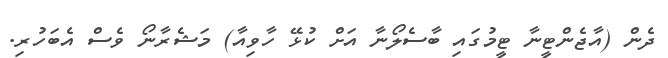
ދެން (އާޖެންޓީނާ ޓީމުގައި ބާސެލޯނާ އަށް ކުޅޭ ހާވިއާ) މަޝެރާނޯ ވެސް އެބަހުރި.